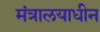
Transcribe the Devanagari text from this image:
मंत्रालयाधीन